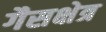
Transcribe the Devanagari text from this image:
गैसक्षेत्र